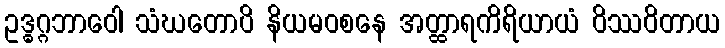
ဥဒ္ဓဂ္ဂဘာဝေါ သံဃတောပိ နိယမဝစနေ အတ္ထာရကိရိယာယံ ဝိဿဝိတာယ